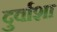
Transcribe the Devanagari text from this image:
दुर्वाशा